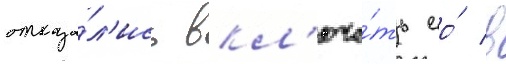
отказа́л'ись вкл'юча́ть ео́ в